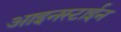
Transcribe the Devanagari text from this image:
आइनस्टाईन